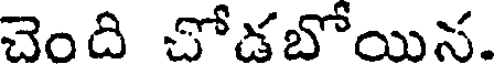
చెంది చోడబోయిన.